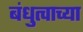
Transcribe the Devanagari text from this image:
बंधुत्वाच्या